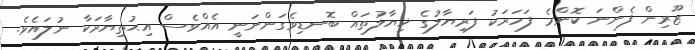
ޒޫރިން ފެންނަ ކޮންމެ ފަހަރަކު ފަރިޔާލުގެ ޚިޔާލުތައް ބޮނޑިވެގަންނަނީ އެއްވެސް އިޙުތިޔާރަކާ ނުލައެވެ.